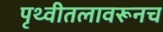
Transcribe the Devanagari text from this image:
पृथ्वीतलावरूनच